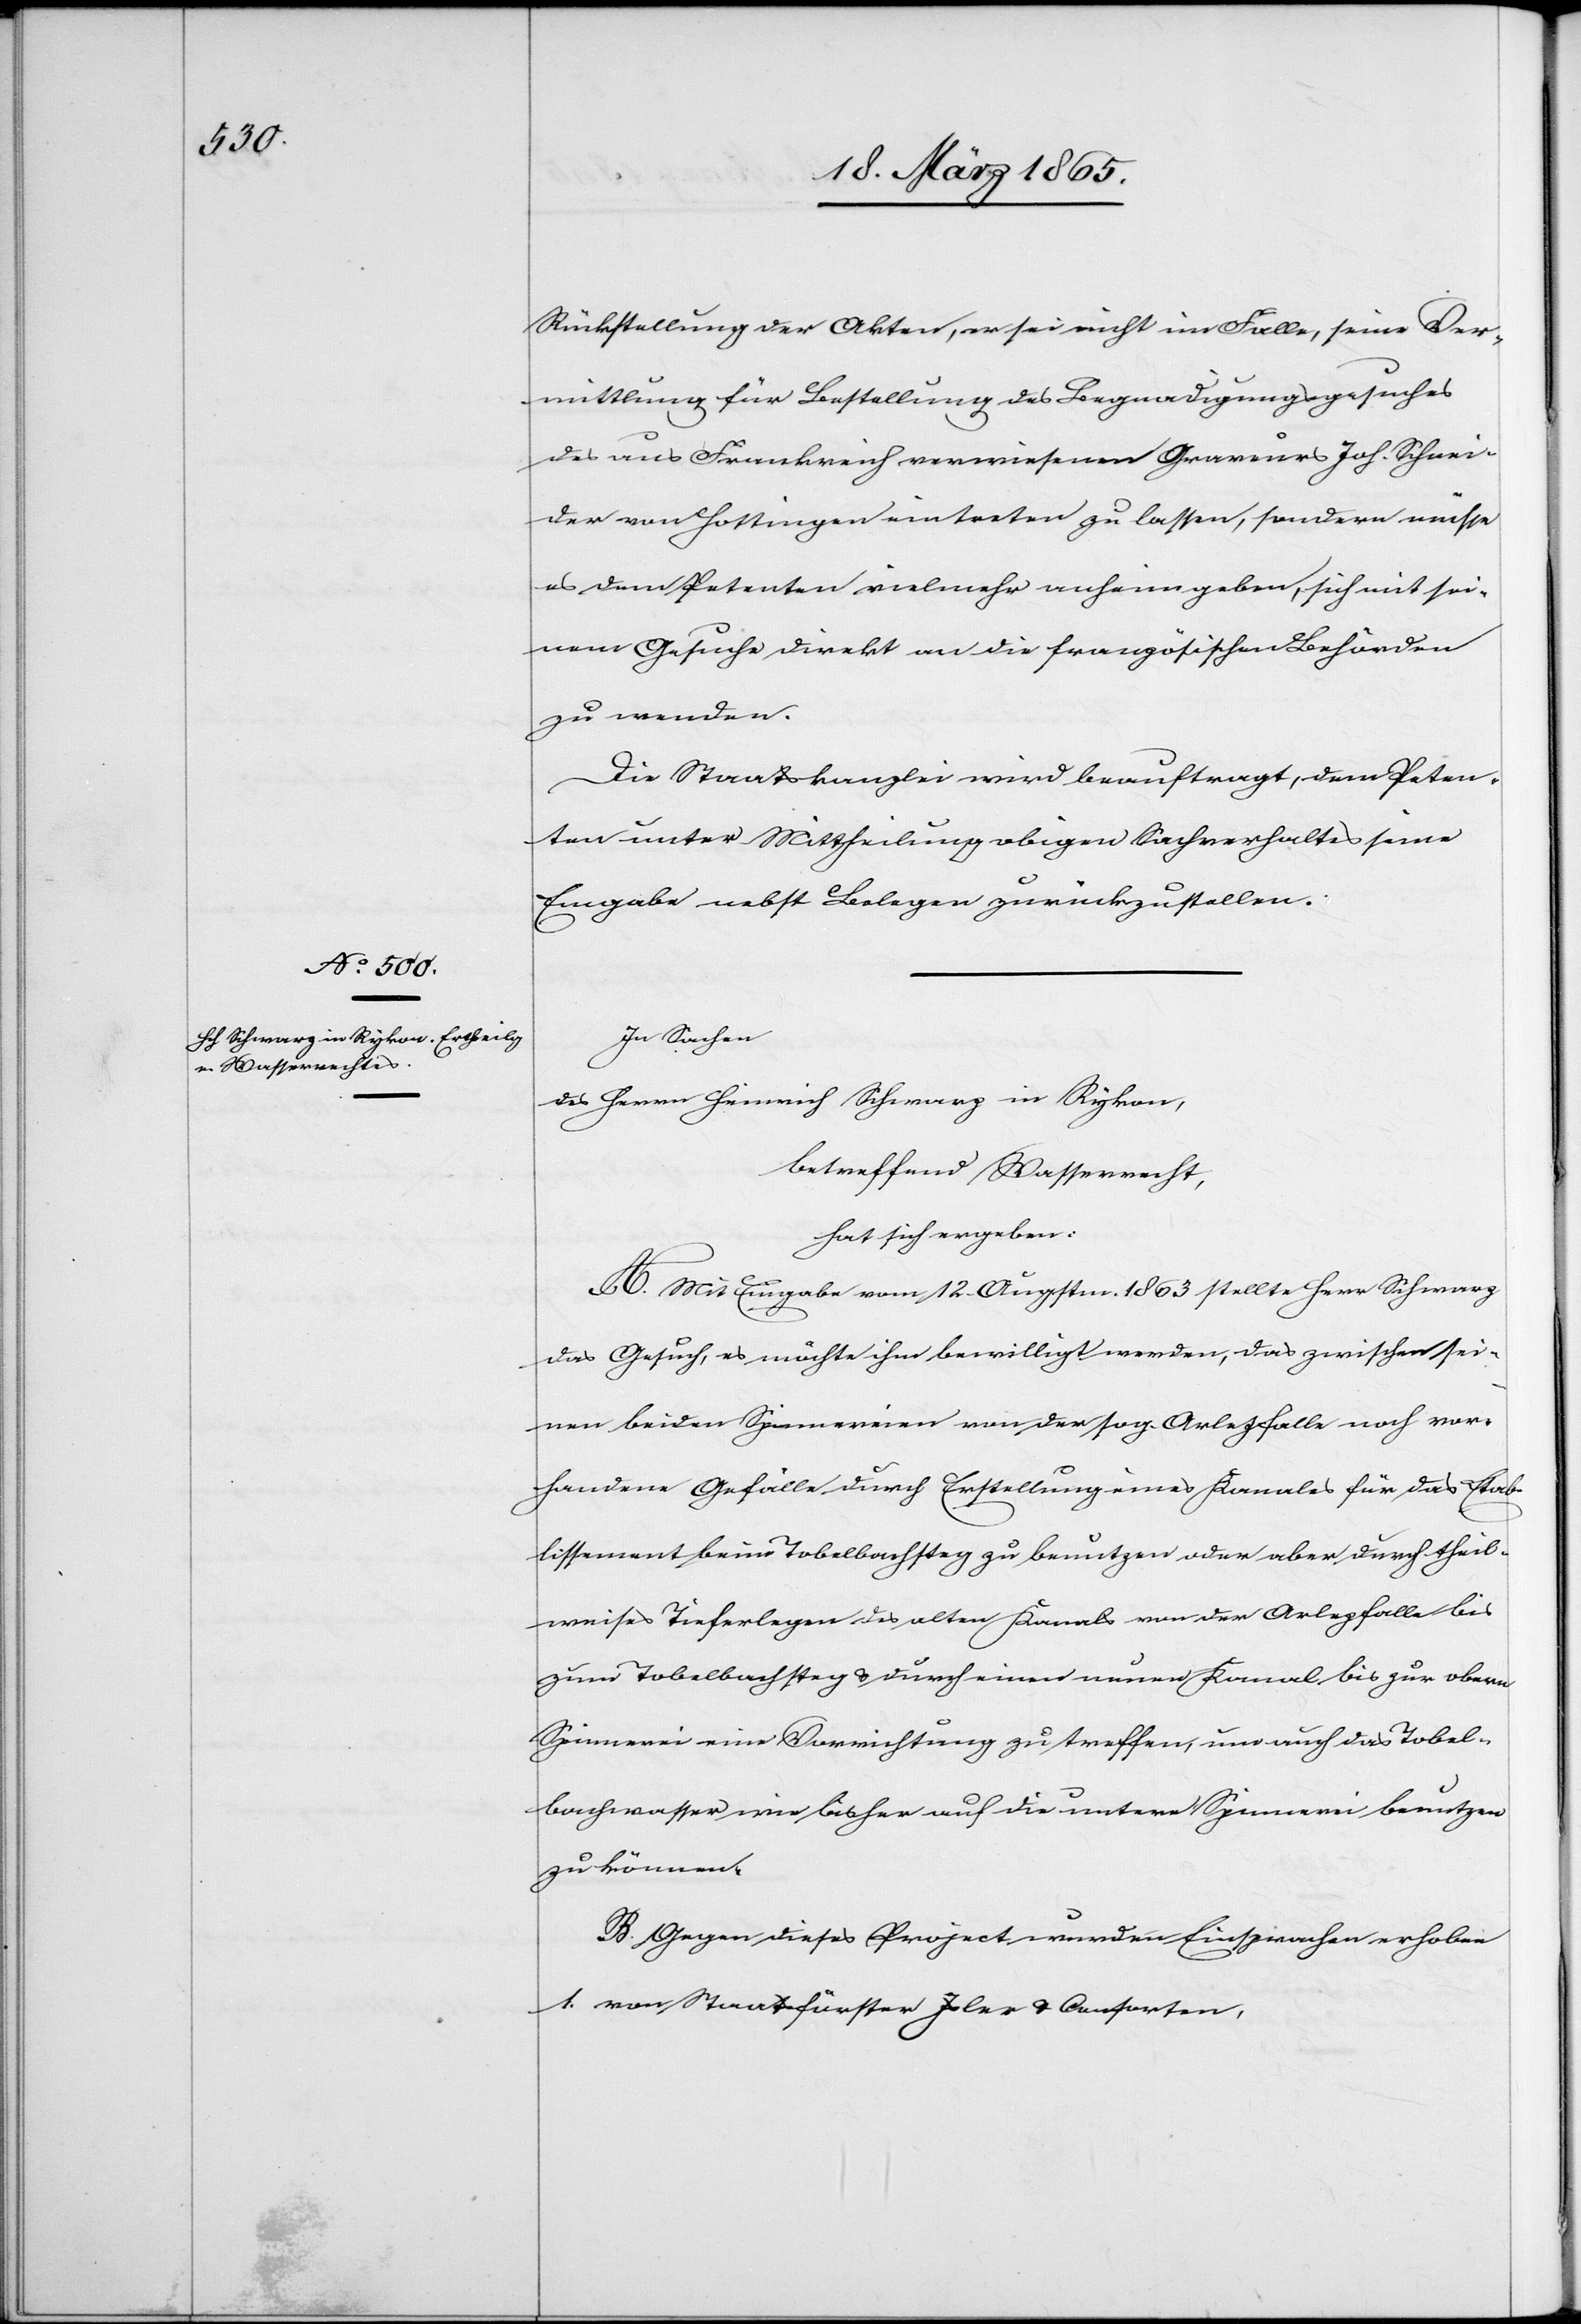
Rückstellung der Akten, er sei nicht im Falle, seine Ver¬
mittlung für Bestellung des Begnadigungsgesuches
des aus Frankreich verwiesenen Graveurs Joh. Schnei¬
der von Hottingen eintreten zu lassen, sondern müsse
es dem Petenten vielmehr anheim geben, sich mit sei¬
nem Gesuche direkt an die französischen Behörden
zu wenden.
Die Staatskanzlei wird beauftragt, dem Peten¬
ten unter Mittheilung obigen Sachverhaltes seine
Eingabe nebst Belegen zurückzustellen.
In Sachen
des Herrn Heinrich Schwarz in Rykon,
betreffend Wasserrecht
hat sich ergeben:
A. Mit Eingabe vom 12. Augstm. 1863 stellte Herr Schwarz
das Gesuch, es möchte ihm bewilligt werden, das zwischen sei¬
nen beiden Spinnereien von der sog. Arlezfalle noch vor¬
handene Gefälle durch Erstellung eines Kanales für das Etab¬
lissement beim Tobelbachsteg zu benutzen oder aber durch theil¬
weises Tieferlegen des alten Kanals von der Arlezfalle bis
zum Tobelbachsteg & durch einen neuen Kanal bis zur obern
Spinnerei eine Vorrichtung zu treffen, um auch das Tobel¬
bachwasser wie bisher auf die untere Spinnerei benutzen
zu können.
B. Gegen dieses Project wurden Einsprachen erhoben
1. von Staatsförster Isler & Consorten,